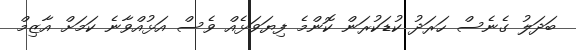
ބަދަލު ގެނެސް ހަރަދު ކުޑަކުރަން ކޮންމެ ފިޔަވަޅެއް ވެސް އަޅުއްވާނެ ކަމަށް އާޒިމް